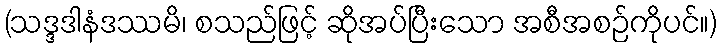
(သဒ္ဒဒါနံဒဿမိ၊ စသည်ဖြင့် ဆိုအပ်ပြီးသော အစီအစဉ်ကိုပင်။)